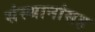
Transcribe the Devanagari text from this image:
संस्थानांसह